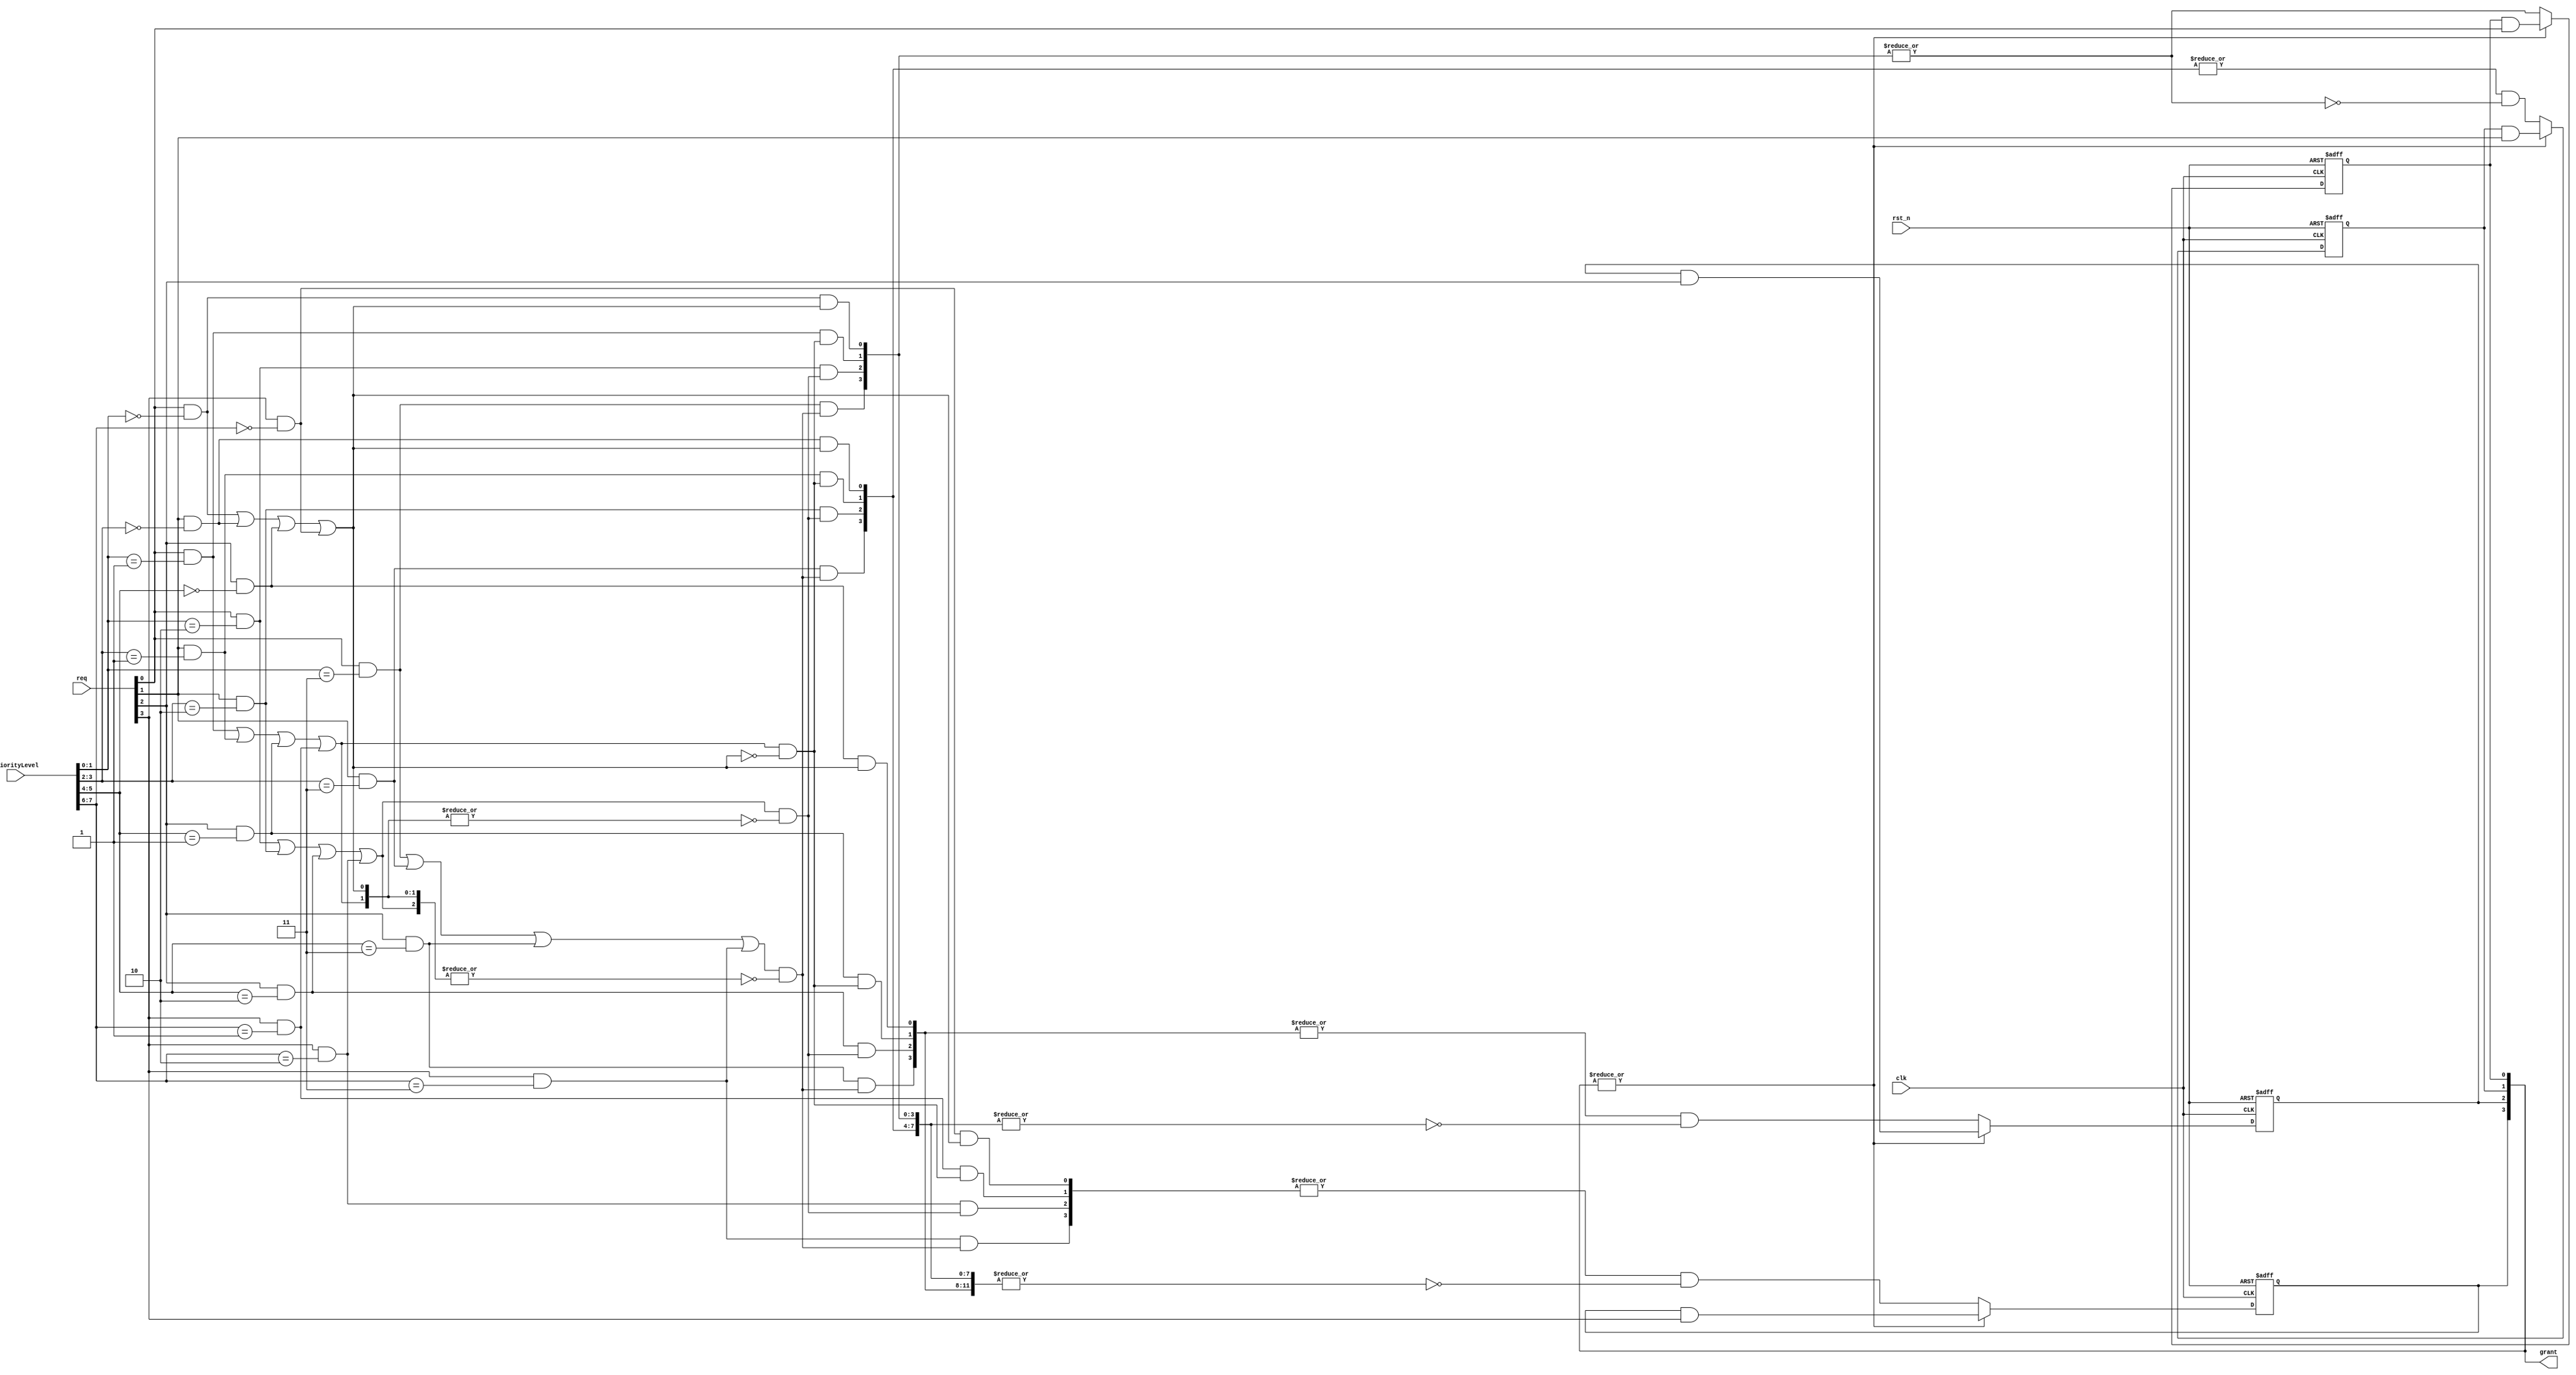
//-------------------------------------------
//Website : https://nguyenquanicd.blogspot.com/
//Function: Dynamic priority Arbiter
//  - All requests is arbitrated on its priority level
//  - If priority levels are same, request source of 
//    lower bit is higher priority. req[0] is highest priority. 
//-------------------------------------------
module ArbDynamicPriority (
  clk,
  rst_n,
  req,
  priorityLevel,
  grant
  );
  parameter REQ_NUM    = 4;
  parameter PRI_WIDTH  = clog2(REQ_NUM);
  parameter PRI_TOTALW = REQ_NUM*PRI_WIDTH;
  //
  input  clk;
  input  rst_n;
  input  [REQ_NUM-1:0] req;
  input  [PRI_TOTALW-1:0] priorityLevel;
  output reg [REQ_NUM-1:0] grant;
  //
  wire [REQ_NUM*REQ_NUM-1:0] compResult;
  wire noGrant;
  wire [REQ_NUM-1:0] orPriorityResult;
  wire [REQ_NUM-1:0] reqEn;
  wire [REQ_NUM*REQ_NUM-1:0] newGrant;
  wire [REQ_NUM-1:0] setGrant;
  wire [REQ_NUM-1:0] setPriorityGrant;
  //Priority comparator
  generate
    genvar i0;
    genvar i1;
	  //--------------------------------------
    //(1) Priority selection
    //--------------------------------------
    for (i0 = 0; i0 < REQ_NUM; i0=i0+1) begin: uComp
      for (i1 = 0; i1 < REQ_NUM; i1=i1+1) begin: bitComp
	      assign compResult[i1+i0*REQ_NUM] = req[i0] & (priorityLevel[PRI_WIDTH*(i0+1)-1:PRI_WIDTH*i0] == i1);
	    end
    end
    //--------------------------------------
    //(2) Asserted request check based on the priority level
    //--------------------------------------
    for (i0=0; i0<REQ_NUM; i0=i0+1) begin: AChk
	    assign orPriorityResult[i0] = orOut(compResult[REQ_NUM*REQ_NUM-1:0],i0);
	  end
    //--------------------------------------
    //(3) Request enable
    //--------------------------------------
	  assign reqEn[0] = orPriorityResult[0];
	  for (i0=1; i0<REQ_NUM; i0=i0+1) begin: ReqEnable
	    assign reqEn[i0] = orPriorityResult[i0] & ~|orPriorityResult[i0-1:0];
	  end
    //--------------------------------------
    //(4) Request mask
    //--------------------------------------
    for (i0 = 0; i0 < REQ_NUM; i0=i0+1) begin: ReqMask
	    for (i1 = 0; i1 < REQ_NUM; i1=i1+1) begin: BitMask
	      assign newGrant[i1+i0*REQ_NUM] = compResult[i1+i0*REQ_NUM] & reqEn[i1];
	    end
	  end
	  //--------------------------------------
    //(5) Grant set
    //--------------------------------------
	  for (i0 = 0; i0 < REQ_NUM; i0=i0+1) begin: uSetGrant
	    assign setGrant[i0] = |newGrant[REQ_NUM*(i0+1)-1:i0*REQ_NUM];
	  end
    //--------------------------------------
    //(6) Same priority filter
    //--------------------------------------
    assign setPriorityGrant[0] = setGrant[0];
    for (i0 = 1; i0 < REQ_NUM; i0=i0+1) begin: uSetPriGrant
	    assign setPriorityGrant[i0] = setGrant[i0] & ~|setGrant[i0-1:0];
	  end
	  //
  endgenerate
  //--------------------------------------
  //(7) Grant
  //--------------------------------------
  generate
    genvar j;
    //
	  for (j = 0; j < REQ_NUM; j=j+1) begin: uGrant
      always @ (posedge clk, negedge rst_n) begin
        if (~rst_n)
	        grant[j] <= 1'b0;
	      else if (noGrant)
	        grant[j] <= setPriorityGrant[j];
        else
          grant[j] <= grant[j] & req[j];
      end
	  end //for loop
  endgenerate
  assign noGrant = ~|grant[REQ_NUM-1:0];
  //-----------------------------------------------------------
  //OR function - Can synthesize
  //-----------------------------------------------------------
  function reg orOut;
    input [REQ_NUM*REQ_NUM-1:0] orIn;
	  input integer id;
	  integer i;
    begin
      orOut = 1'b0;
      for (i=0; i<REQ_NUM; i=i+1) begin
        orOut = orOut | orIn[id+i*REQ_NUM];
      end
    end
  endfunction
  //-----------------------------------------------------------
  //log2 function - Not for synthesizing
  //Only use to calculate the parameter value
  //-----------------------------------------------------------
  function integer clog2; 
    input integer value; 
    integer i; 
    begin 
      clog2 = 0; 
      for(i = 0; 2**i < value; i=i+1) 
        clog2 = i + 1; 
      end 
  endfunction 
endmodule //ArbDynamicPriority